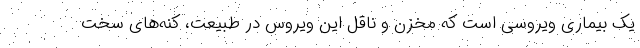
یک بیماری ویروسی است که مخزن و ناقل این ویروس در طبیعت، کنه‌های سخت